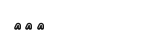
٢٥٥